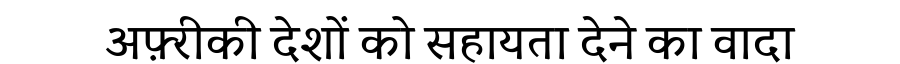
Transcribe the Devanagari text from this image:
अफ़्रीकी देशों को सहायता देने का वादा